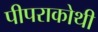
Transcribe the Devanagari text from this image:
पीपराकोथी